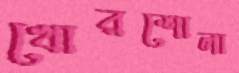
খোরশোলা